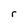
Character: r